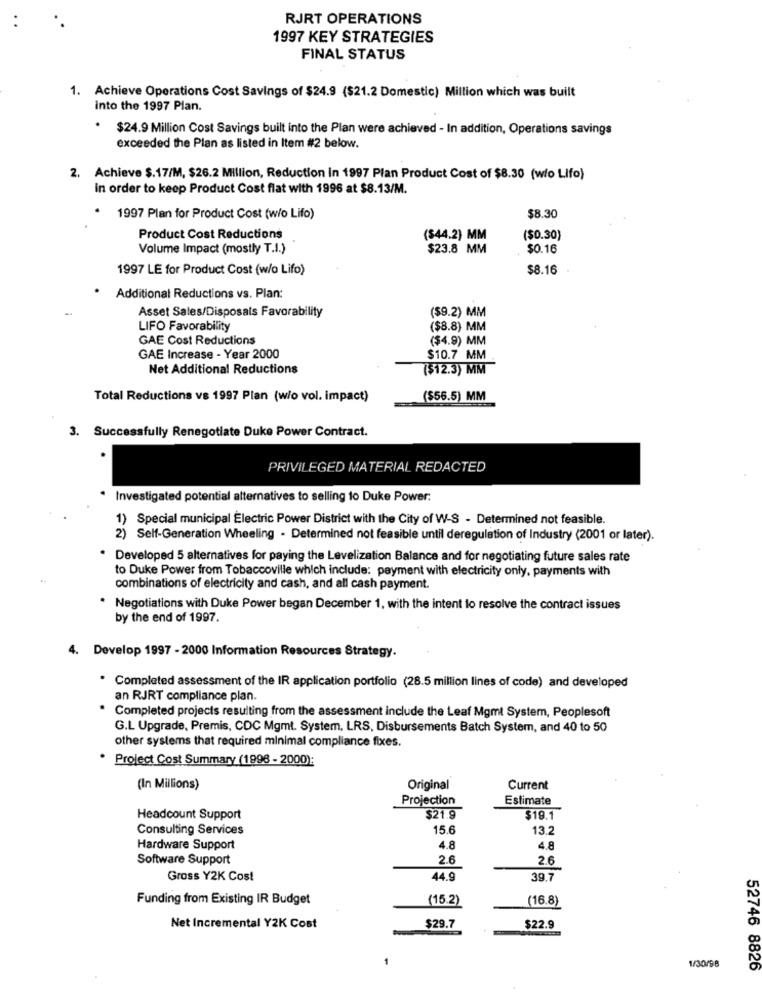
RJRT OPERATIONS
1997 KEY STRATEGIES
FINAL STATUS
1. Achieve Operations Cost Savings of $24.9 ($21.2 Domestic) Million which was built
into the 1997 Plan.
.
$24.9 Million Cost Savings built into the Plan were achieved - In addition, Operations savings
exceeded the Plan as listed in Item #2 below.
2. Achieve $.17/M, $26.2 Million, Reduction In 1997 Plan Product Cost of $8.30 (wio Lifo)
in order to keep Product Cost flat with 1996 at $8.13/M.
. 1997 Plan for Product Cost (wio Lifo)
$8.30
Product Cost Reductions
($44.2) MM
($0.30)
Volume Impact (mostly T.I.)
$23.8 MM
$0.16
1997 LE for Product Cost (w/o Lifo)
$8.16
Additional Reductions vs. Plan:
($9.2) MM
Asset Sales/Disposals Favorability
LIFO Favorability
($8.8) MM
GAE Cost Reductions
($4.9) MM
GAE Increase - Year 2000
$10.7 MM
Net Additional Reductions
($12.3) MM
Total Reductions vs 1997 Plan (w/o vol. impact)
($56.5) MM
3. Successfully Renegotiate Duke Power Contract.
PRIVILEGED MATERIAL REDACTED
* Investigated potential alternatives to selling to Duke Power:
1) Special municipal Electric Power District with the City of W-S - Determined not feasible.
2) Self-Generation Wheeling - Determined not feasible until deregulation of Industry (2001 or later).
· Developed 5 alternatives for paying the Levelization Balance and for negotiating future sales rate
to Duke Power from Tobaccoville which include: payment with electricity only, payments with
combinations of electricity and cash, and all cash payment.
. Negotiations with Duke Power began December 1, with the intent to resolve the contract issues
by the end of 1997.
4. Develop 1997 - 2000 Information Resources Strategy.
. Completed assessment of the IR application portfolio (28.5 million lines of code) and developed
an RJRT compliance plan.
Completed projects resulting from the assessment include the Leaf Mgmt System, Peoplesoft
G.L Upgrade, Premis, CDC Mgmt. System, LRS, Disbursements Batch System, and 40 to 50
other systems that required minimal compliance fixes.
Project Cost Summary (1998 - 2000):
(In Millions)
Original
Current
Projection
Estimate
Headcount Support
$21.9
$19.1
Consulting Services
15.6
13.
Hardware Support
4.8
4.8
Software Support
2.6
2.6
Gross Y2K Cost
14.9
39.7
Funding from Existing IR Budget
(15.2)
(16.8)
Net Incremental Y2K Cost
$29.7
$22.9
1/30/98
52746 8826